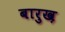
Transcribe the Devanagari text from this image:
बारुख़